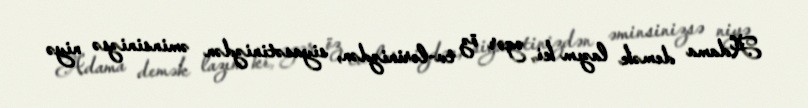
Adama demək lazım ki, əgər öz tv-lərinizdən, siyasətinizdən əminsinizsə niyə